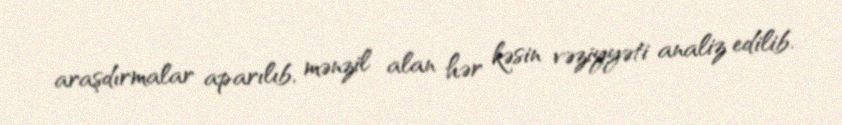
araşdırmalar aparılıb, mənzil alan hər kəsin vəziyyəti analiz edilib.